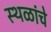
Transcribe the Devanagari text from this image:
स्‍थळांचे